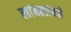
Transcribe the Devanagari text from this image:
लांबलांबचे